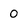
Character: 0